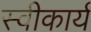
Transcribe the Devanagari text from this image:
स्‍वीकार्य